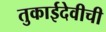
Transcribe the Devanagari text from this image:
तुकाईदेवीची